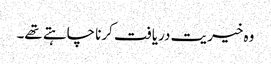
وہ خیریت دریافت کرنا چاہتے تھے۔